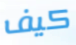
كيف